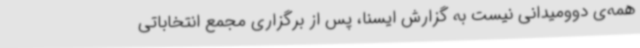
همه‌ی دوومیدانی نیست به گزارش ایسنا، پس از برگزاری مجمع انتخاباتی